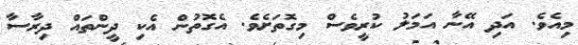
މިއެވެ. އަދި އޭނާ އަމަލު ކުރީވެސް މިގޮތަށެވެ. އެގޮތުން އެކި ދީންތައް ދިރާސާ